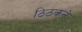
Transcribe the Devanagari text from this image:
ठिठकने